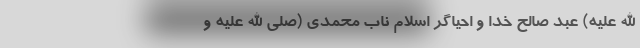
الله علیه) عبد صالح خدا و احیاگر اسلام ناب محمّدی (صلی الله علیه و